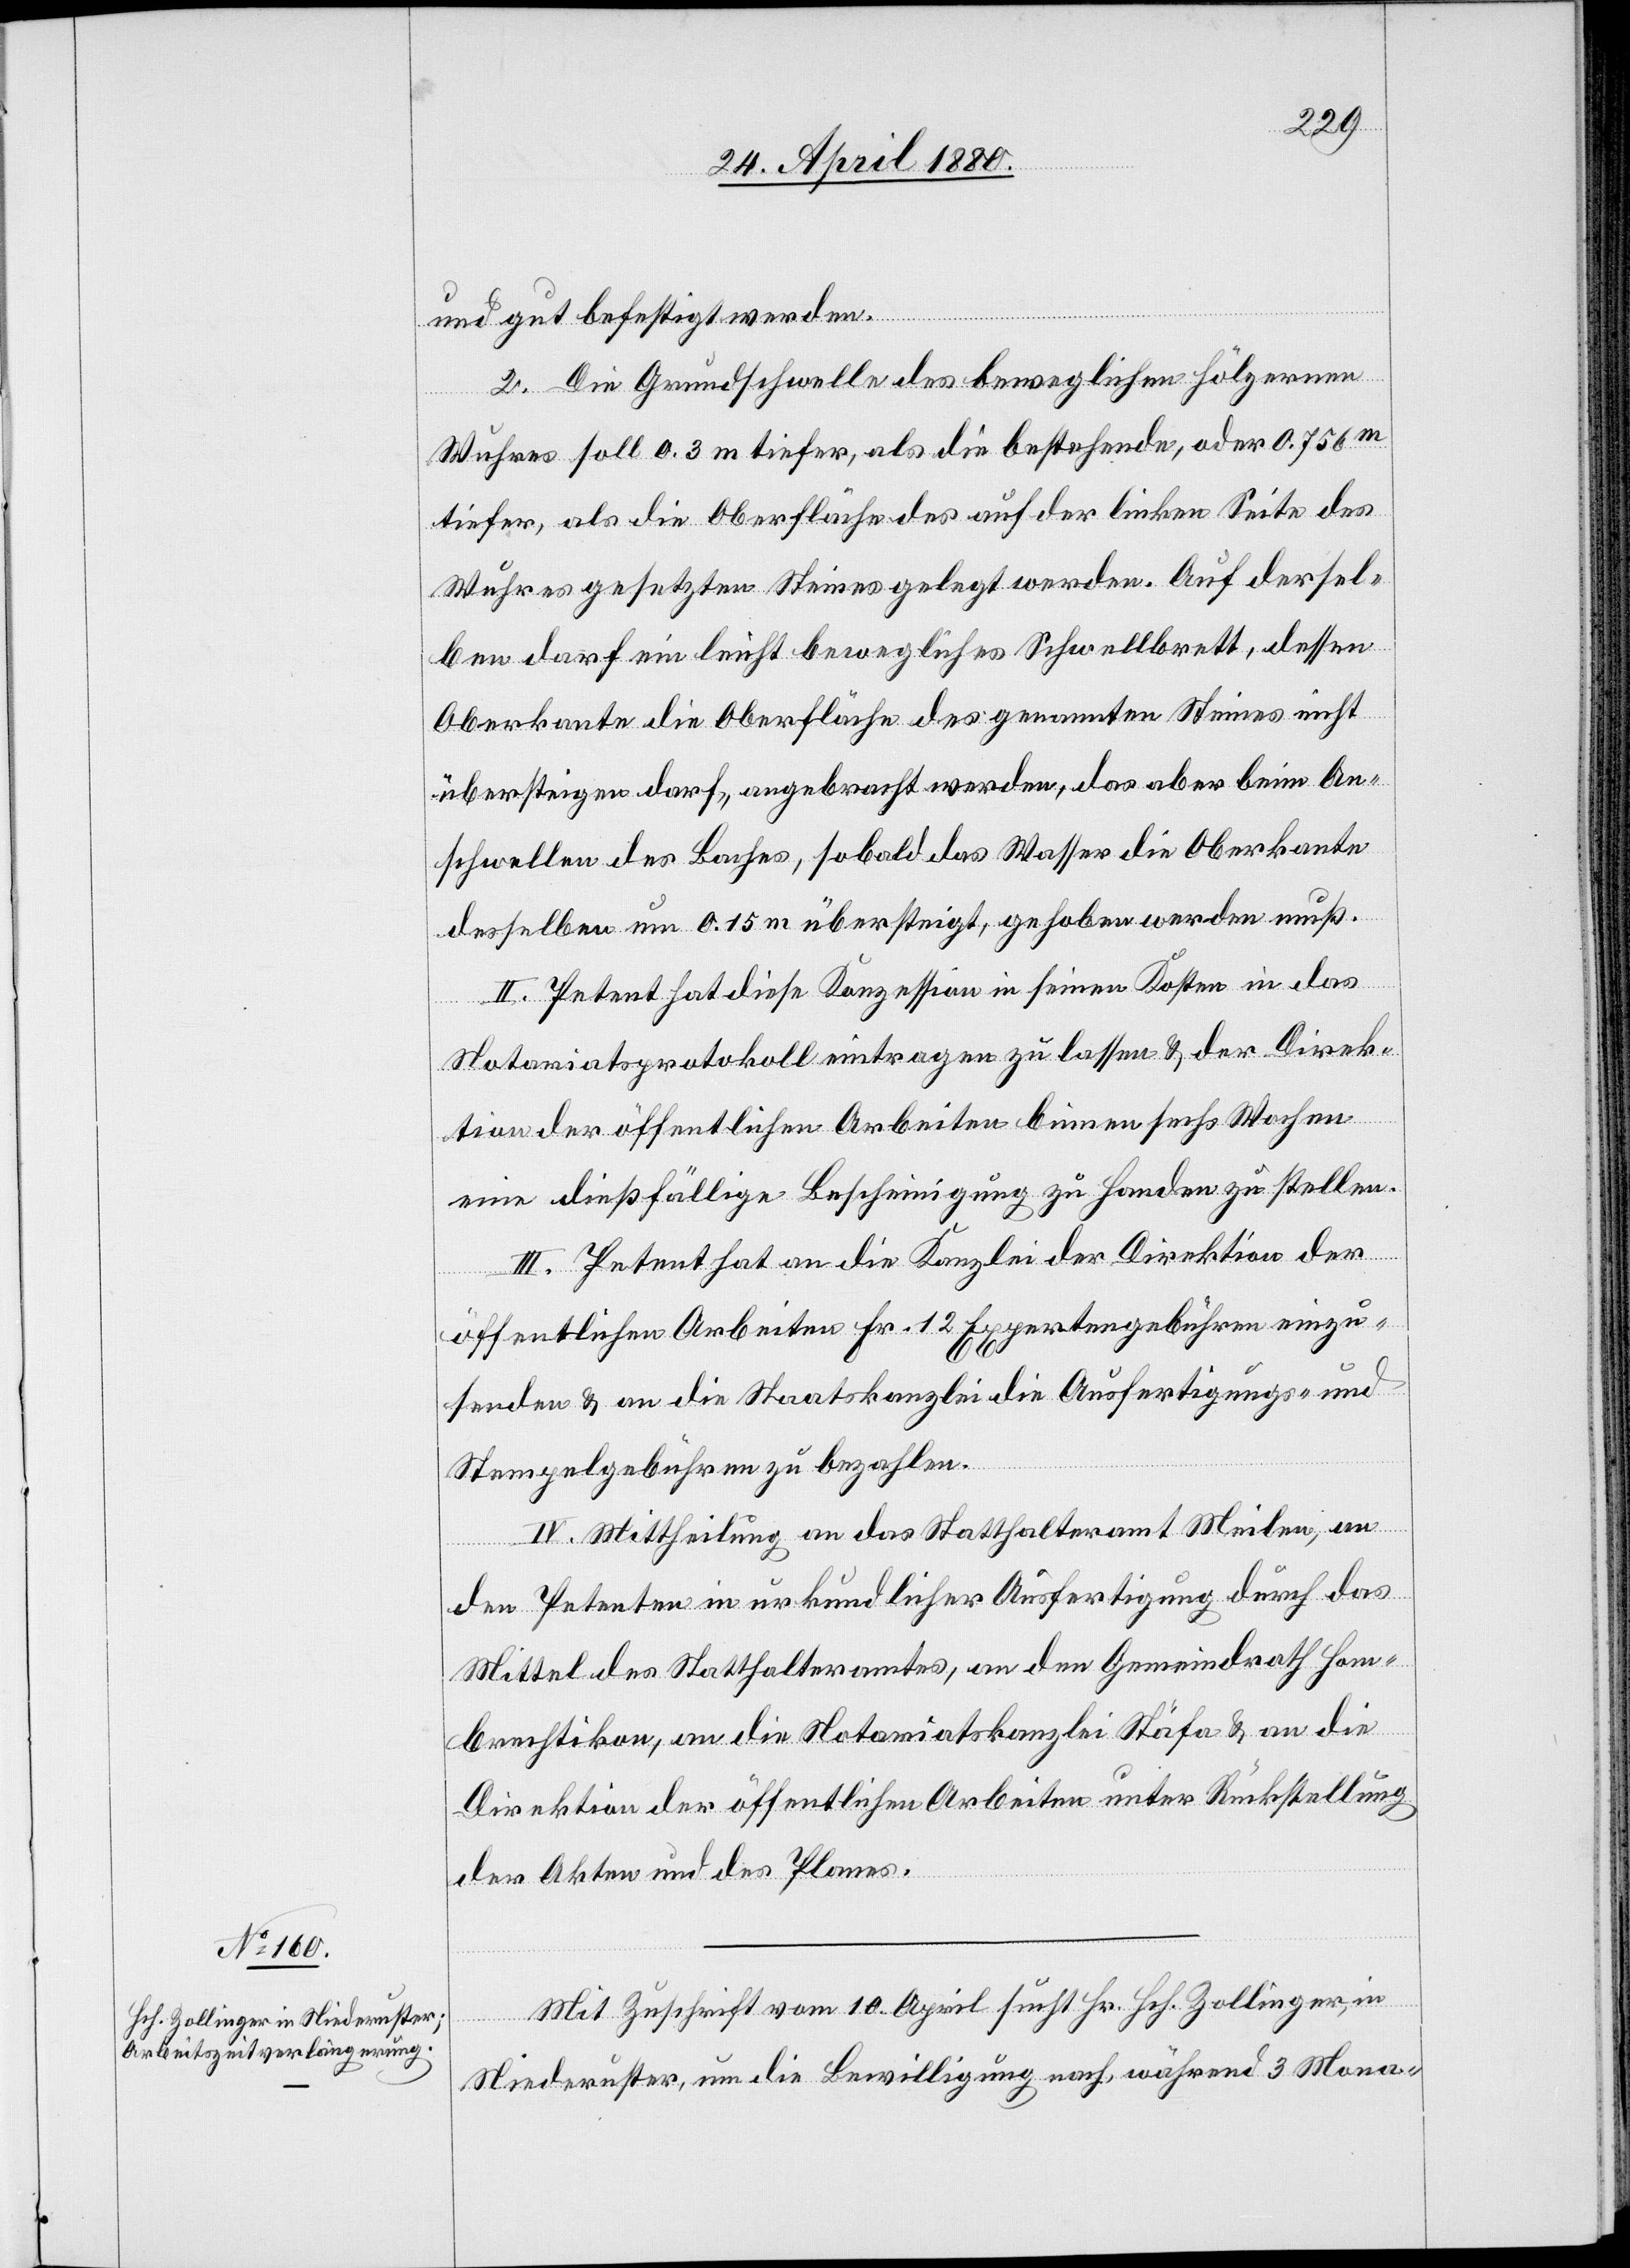
und gut befestigt werden.
2. Die Grundschwelle des beweglichen hölzernen
Wuhres soll 0.3 m tiefer, als die bestehende, oder 0.756 m
tiefer, als die Oberfläche des auf der linken Seite des
Wuhres gesetzten Steines gelegt werden. Auf dersel¬
ben darf ein leicht bewegliches Schwellbrett, dessen
Oberkante die Oberfläche des genannten Steines nicht
übersteigen darf, angebracht werden, das aber beim An¬
schwellen des Baches, sobald das Wasser die Oberkante
desselben um 0.15 m übersteigt, gehoben werden muß.
II. Petent hat diese Konzession in seinen Kosten in das
Notariatsprotokoll eintragen zu lassen & der Direk¬
tion der öffentlichen Arbeiten binnen sechs Wochen
eine dießfällige Bescheinigung zu Handen zu stellen.
III. Petent hat an die Kanzlei der Direktion der
öffentlichen Arbeiten Fr. 12 Expertengebühren einzu¬
senden & an die Staatskanzlei die Ausfertigungs- und
Stempelgebühren zu bezahlen.
IV. Mittheilung an das Statthalteramt Meilen, an
den Petenten in urkundlicher Ausfertigung durch das
Mittel des Statthalteramtes, an den Gemeindrath Hom¬
brechtikon, an die Notariatskanzlei Stäfa & an die
Direktion der öffentlichen Arbeiten unter Rückstellung
der Akten und des Planes.
Mit Zuschrift vom 10. April sucht Hr. Hch. Zollinger, in
Niederuster, um die Bewilligung nach, während 3 Mona-